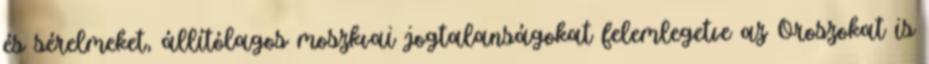
és sérelmeket, állítólagos moszkvai jogtalanságokat felemlegetve az Oroszokat is